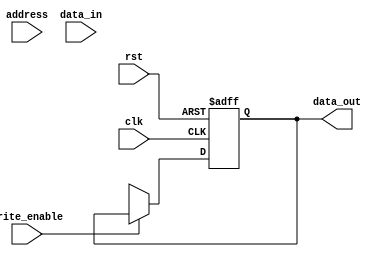
module PROM (
    input wire clk,
    input wire rst,
    input wire [7:0] address,
    input wire [7:0] data_in,
    input wire write_enable,
    output reg [7:0] data_out
);

// Parameters
parameter BLOCK_SIZE = 8;
parameter NUM_BLOCKS = 16;

// Memory block declaration
reg [7:0] memory [0:NUM_BLOCKS-1][0:BLOCK_SIZE-1];

// Data read/write logic
always @(posedge clk or posedge rst) begin
    if (rst) begin
        data_out <= 8'b0;
    end else begin
        if (write_enable) begin
            memory[address[NUM_BLOCKS-1:4]][address[3:0]] <= data_in;
        end else begin
            data_out <= memory[address[NUM_BLOCKS-1:4]][address[3:0]];
        end
    end
end

endmodule